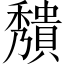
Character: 𥣧